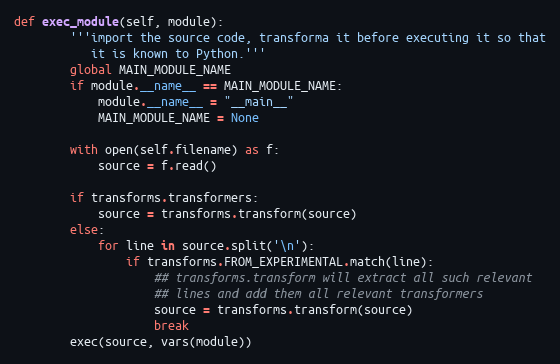
Language: Python
def exec_module(self, module):
        '''import the source code, transforma it before executing it so that
           it is known to Python.'''
        global MAIN_MODULE_NAME
        if module.__name__ == MAIN_MODULE_NAME:
            module.__name__ = "__main__"
            MAIN_MODULE_NAME = None

        with open(self.filename) as f:
            source = f.read()

        if transforms.transformers:
            source = transforms.transform(source)
        else:
            for line in source.split('\n'):
                if transforms.FROM_EXPERIMENTAL.match(line):
                    ## transforms.transform will extract all such relevant
                    ## lines and add them all relevant transformers
                    source = transforms.transform(source)
                    break
        exec(source, vars(module))